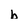
Character: b